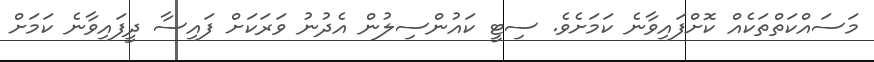
މަސައްކަތްތަކެއް ކޮށްފައިވާނެ ކަމަށެވެ. ސިޓީ ކައުންސިލުން އެދުނު ވަރަކަށް ފައިސާ ދީފައިވާނެ ކަމަށް